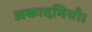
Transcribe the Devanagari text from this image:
अकादमियाँ।